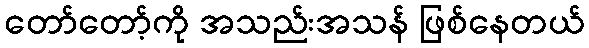
တော်တော့်ကို အသည်းအသန် ဖြစ်နေတယ်